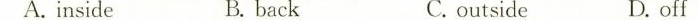
A.inside B. back C. outside D. off